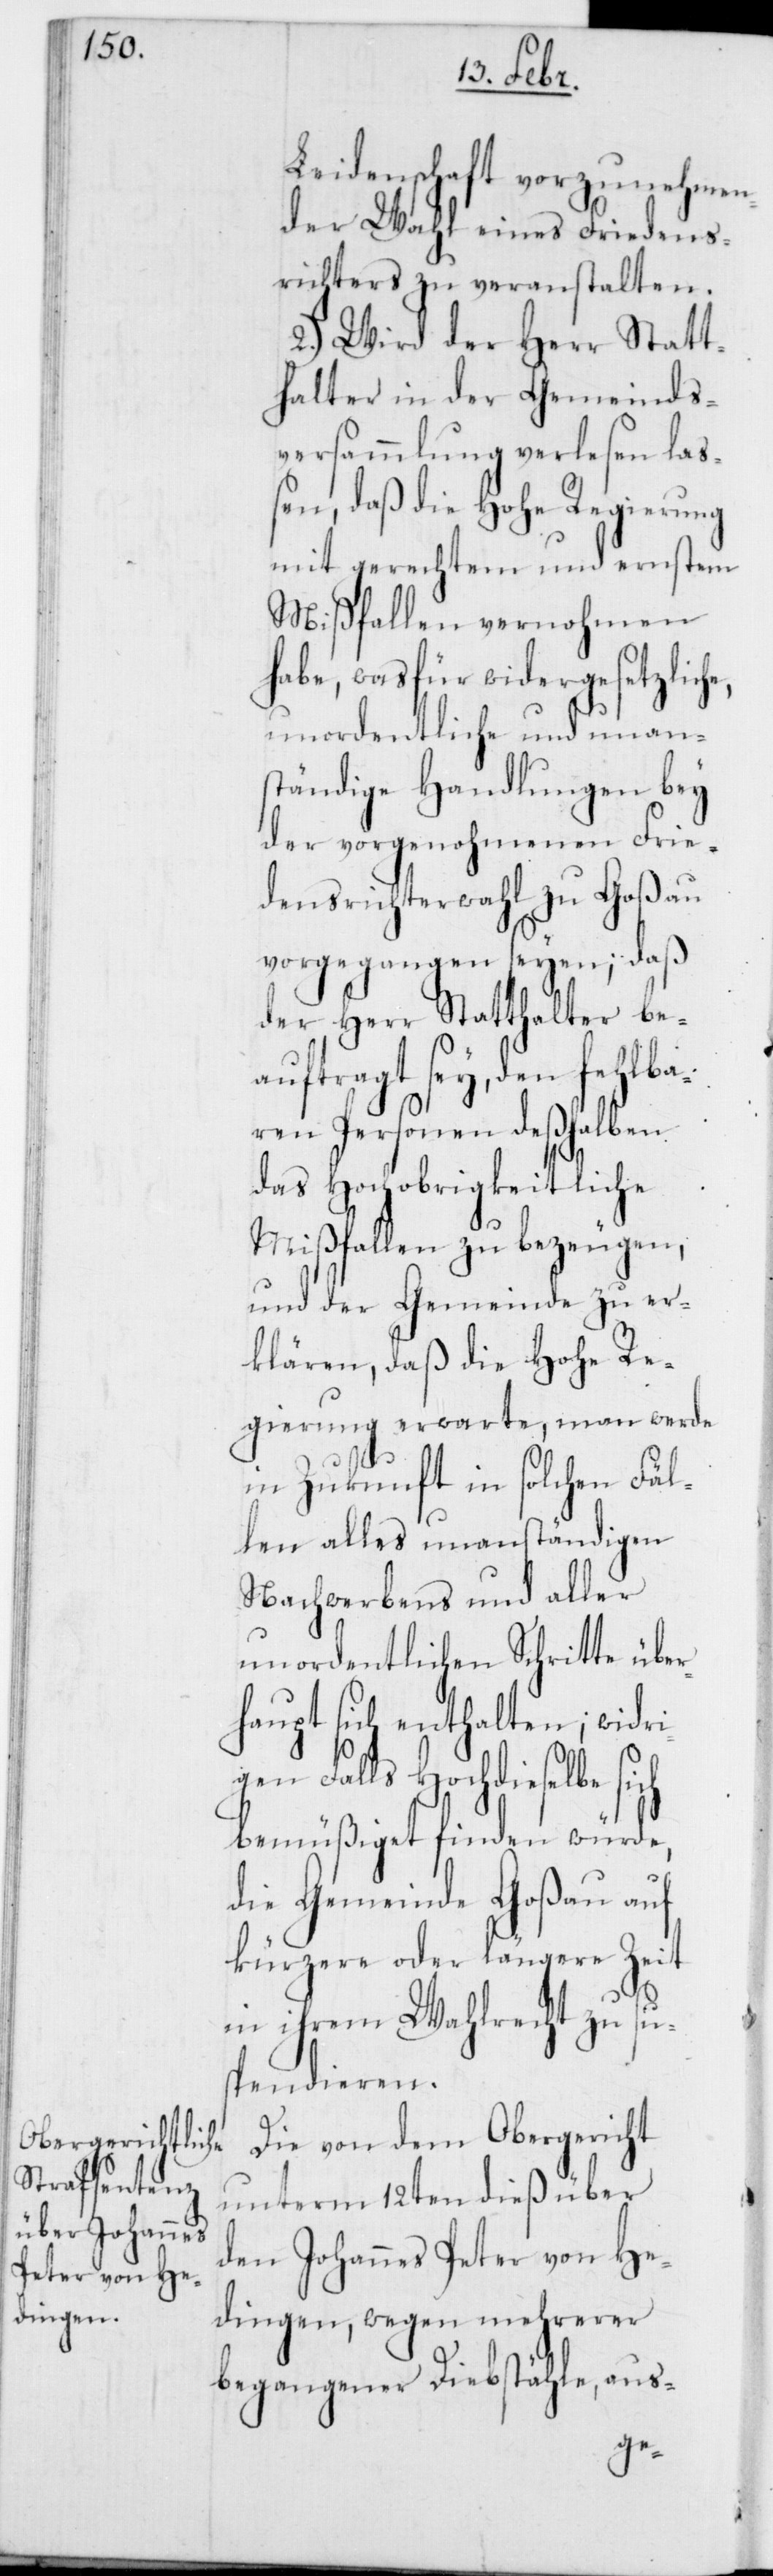
Leidenschaft vorzunehmen¬
der Wahl eines Friedens¬
richters zu veranstalten.
2.) Wird der Herr Statt¬
halter in der Gemeinds¬
versammlung verlesen laß¬
en, daß die Hohe Regierung
mit gerechtem und ernstem
Mißfallen vernohmen
habe, was für widergesetzlic¬
he, unordentliche und unan¬
ständige Handlungen bey
der vorgenohmenen Frie¬
densrichterwahl zu Goßau
vorgegangen seyen; daß
der Herr Statthalter be¬
auftragt sey, den fehlba¬
ren Personen deßhalben
das Hochobrigkeitliche
Mißfallen zu bezeugen,
und der Gemeinde zu er¬
klären, daß die Hohe Re¬
gierung erwarte, man werde
in Zukunft in solchen Fäl¬
len alles unanständigen
Nachwerbens und aller
unordentlichen Schritte über¬
haupt sich enthalten; widri¬
gen Falls Hochdieselbe sich
bemüßiget finden würde,
die Gemeinde Goßau auf
kürzere oder längere Zeit
in ihrem Wahlrecht zu su¬
spendieren.
Die von dem Obergericht
unterm 12ten dieß über
den Johannes Peter von He¬
dingen, wegen mehrerer
begangener Diebstähle, aus-